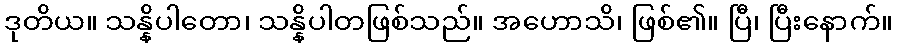
ဒုတိယ။ သန္နိပါတော၊ သန္နိပါတဖြစ်သည်။ အဟောသိ၊ ဖြစ်၏။ ပြီ၊ ပြီးနောက်။